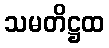
သမတိဋ္ဌထ